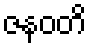
ဇနဝတိ